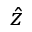
\hat { z }